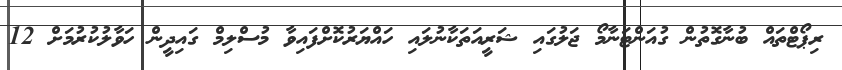
ރިޕޯޓްތައް ބުނާގޮތުން ގުއަންޓަނާމޯ ޖަލުގައި ޝަރީއަތަކާނުލައި ހައްޔަރުކޮށްފައިވާ މުސްލިމް ގައިދީން ހަވާލުކުރުމަށް 12